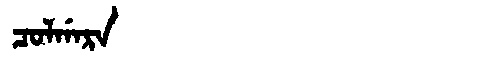
Manchu: ᠴᠣᠯᡤᠠᡵᠠ
Romanization: COLGARA